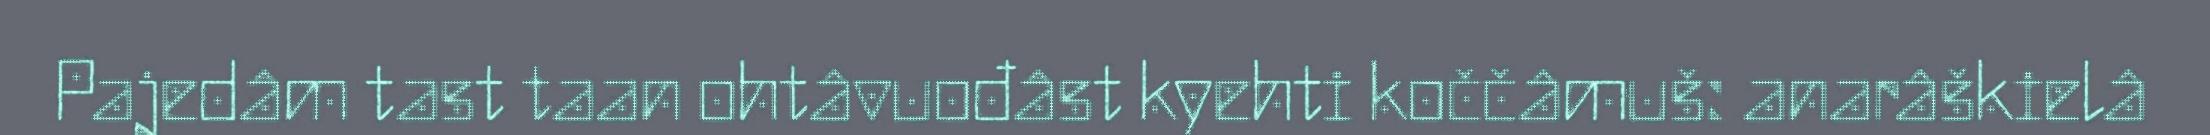
Pajedâm tast taan ohtâvuođâst kyehti koččâmuš: anarâškielâ